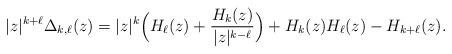
LaTeX: \begin{align*} |z|^{k+\ell} \Delta_{k, \ell}(z) = |z|^k \Big(H_\ell(z) + \frac{H_k(z)}{|z|^{k-\ell}}\Big) + H_k(z) H_\ell(z) - H_{k+\ell}(z).\end{align*}